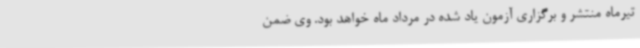
تیرماه منتشر و برگزاری آزمون یاد شده در مرداد ماه خواهد بود. وی ضمن